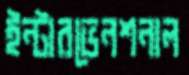
ইন্টারভেনশনাল